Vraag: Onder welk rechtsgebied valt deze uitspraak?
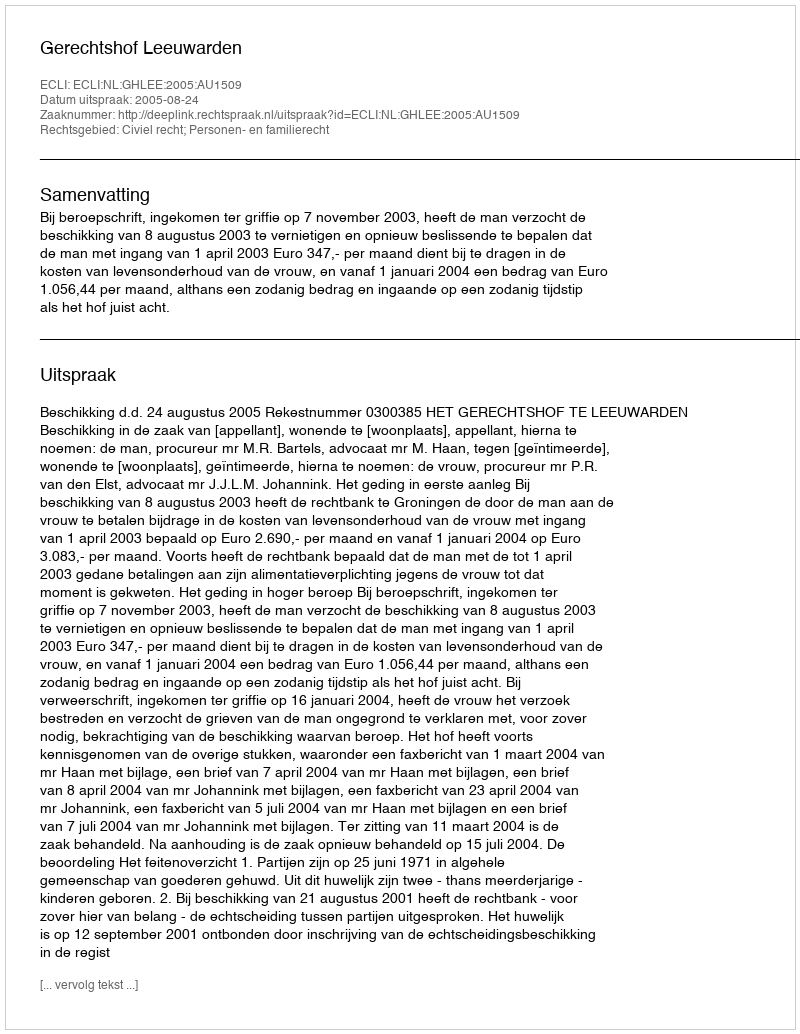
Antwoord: Civiel recht; Personen- en familierecht